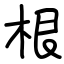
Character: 根